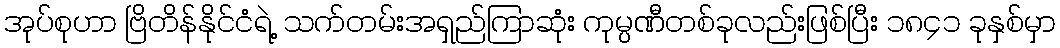
အုပ်စုဟာ ဗြိတိန်နိုင်ငံရဲ့ သက်တမ်းအရှည်ကြာဆုံး ကုမ္ပဏီတစ်ခုလည်းဖြစ်ပြီး ၁၈၄၁ ခုနှစ်မှာ